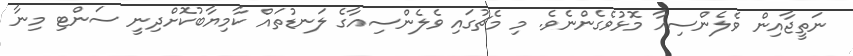
ނަތީޖާއިން ވެލެންސިއާ މޮޅުވެގެންނެވެ. މި މެޗުގައި ވެލެންސިއާގެ ލަނޑުތައް ކާމިޔާބުކޮށްދިނީ ސަންޓި މިނާ